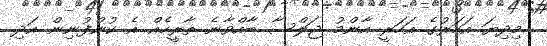
މިދިޔަ އަހަރުގެ އަހަރީ އާންމު ޖަލްސާ ބާއްވާނެ ތާރީހެއް އެ ކުންފުނިން އަދި